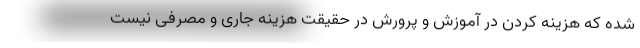
شده که هزینه کردن در آموزش و پرورش در حقیقت هزینه جاری و مصرفی نیست